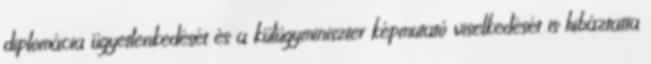
diplomácia ügyetlenkedését és a külügyminiszter képmutató viselkedését is hibáztatta